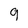
Character: g